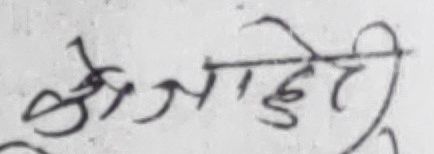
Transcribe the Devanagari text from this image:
श्रीजाहती